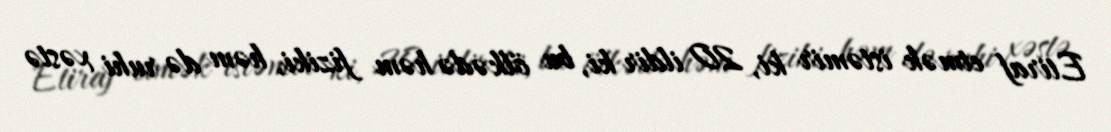
Etiraf etmək istəmir ki, 20 ildir ki, bu ölkədə həm fiziki, həm də ruhi xəstə